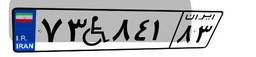
۷۳W۸۴۱۸۳